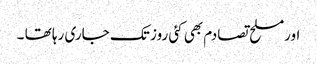
اورمسلح تصادم بھی کئی روز تک جاری رہا تھا ۔